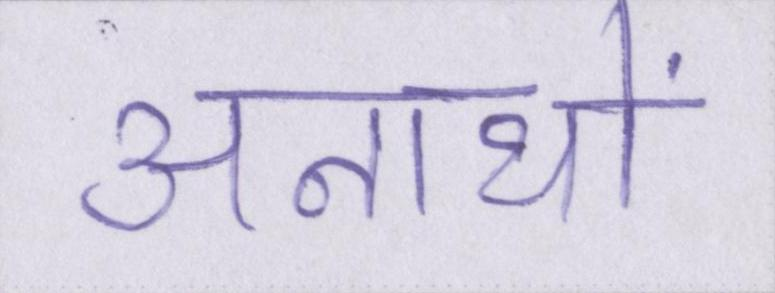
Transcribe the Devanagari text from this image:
अनाथों